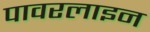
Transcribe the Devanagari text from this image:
पावरलाइन